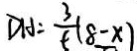
D H = \frac { 3 } { t } ( 8 - x )